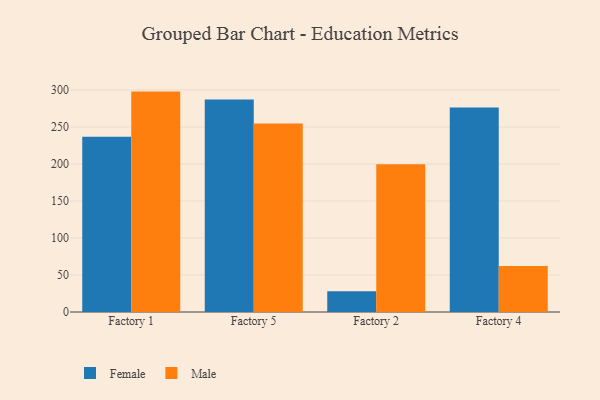
{"axis": {"x": "Factory", "y": "Latency (ms)"}, "legend": ["Female", "Male"], "data": [{"x": "Factory 1", "y": 236.8, "type": "Female"}, {"x": "Factory 1", "y": 297.8, "type": "Male"}, {"x": "Factory 5", "y": 287.1, "type": "Female"}, {"x": "Factory 5", "y": 254.8, "type": "Male"}, {"x": "Factory 2", "y": 27.9, "type": "Female"}, {"x": "Factory 2", "y": 199.6, "type": "Male"}, {"x": "Factory 4", "y": 276.4, "type": "Female"}, {"x": "Factory 4", "y": 62.0, "type": "Male"}]}